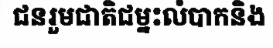
ជនរួមជាតិជម្នះលំបាកនិង